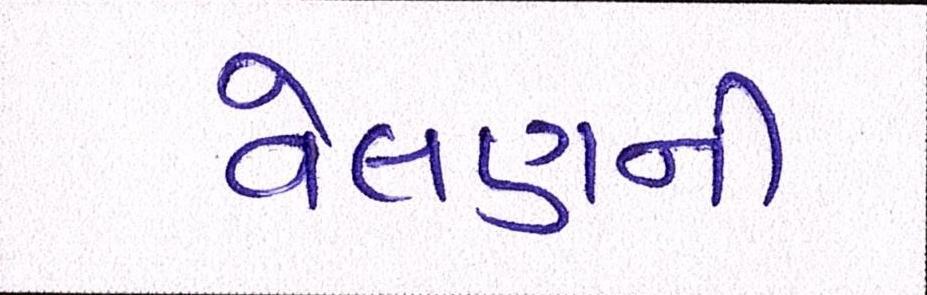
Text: વેલણની